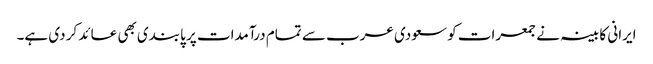
ایرانی کابینہ نے جمعرات کو سعودی عرب سے تمام درآمدات پر پابندی بھی عائد کر دی ہے۔